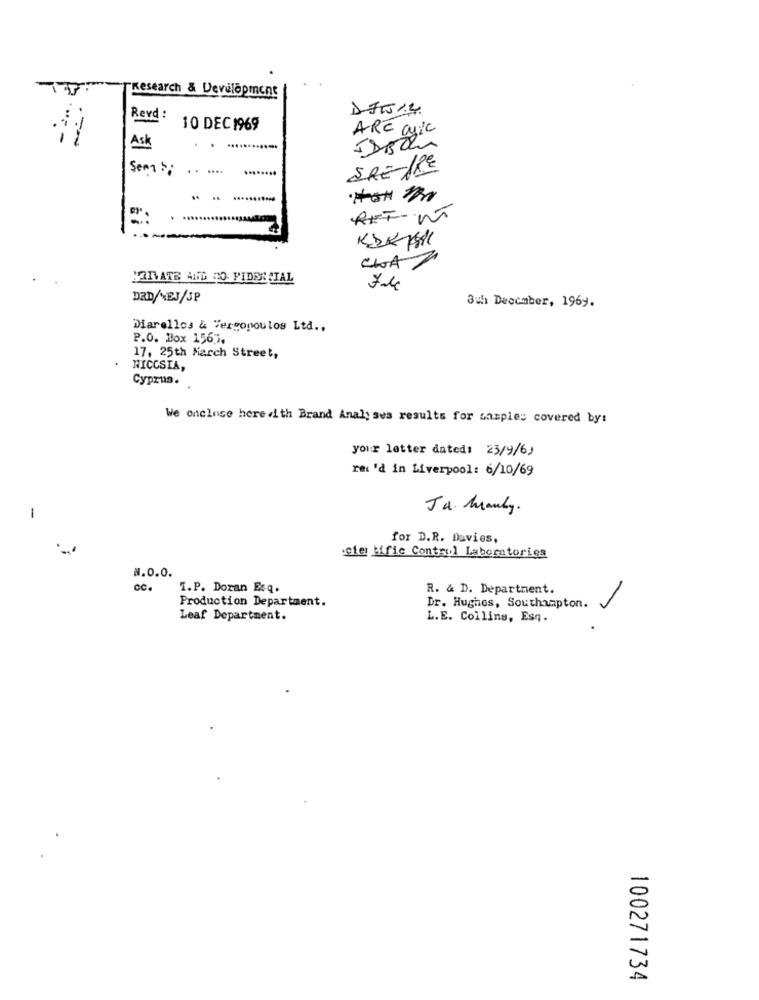
Research & Development
Revd :
10 DEC 1969
ARC anic
Ask
.
. ............
Sem :: . . ....
SRE/RE
REF-WT
CHAZ
HARATE AND CO FIDERSTAL
DRD/NEJ/SP
3th December, 1969.
Diarellos & Vergopoulos Ltd .,
P.O. Box 1565),
17, 25th March Street,
NICOSIA,
Cyprus.
We onclose herewith Brand Analy ses results for samples covered by:
your letter dated: 23/9/6)
rec 'd in Liverpool: 6/10/69
Ja. Manky.
1
for D.R. Davies,
:efe tific Control Laboratories
N.0.0.
cc.
I.P. Doran Esq.
R. & D. Department.
Production Department.
Dr. Hughes, Southampton.
Leaf Department.
L.E. Collins, Esq.
100271734